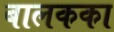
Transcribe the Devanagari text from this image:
बालकका